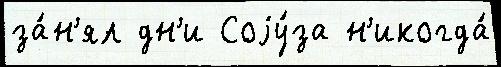
за́н'ял дн'и Соjу́за н'икогда́